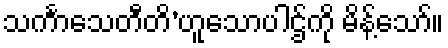
သင်္ကာသေတီတိ’ဟူသောပါဌ်ကို မိန့်သော်။